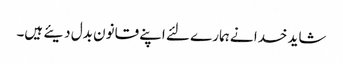
شاید خدا نے ہمارے لئے اپنے قانون بدل دیئے ہیں۔